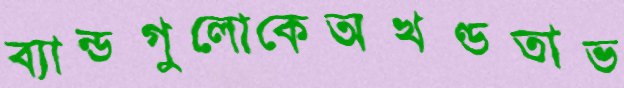
ব্যান্ডগুলোকেঅখণ্ডতাভ